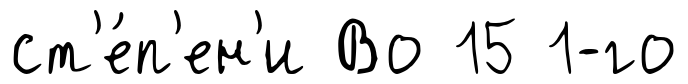
ст'е́п'ен'и Во 15 1-го